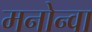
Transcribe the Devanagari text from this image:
मनोन्वा